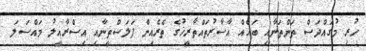
ހުރި މުގައްދަސް ތަންތަނާއި ބައެއް އާސާރުތައްތާރީޚުގެ ތެރެއިން ފަލަސްތީނާއި އިސްރާއީލު މައްސަލަ